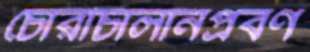
চোরাচালানপ্রবণ